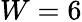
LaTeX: W=6